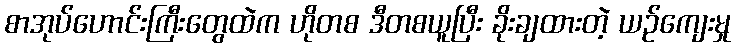
စာအုပ်ဟောင်းကြီးတွေထဲက ဟိုတစ ဒီတစယူပြီး ခိုးချထားတဲ့ ယဉ်ကျေးမှု